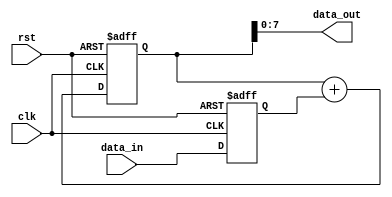
module ParallelAccumulator (
    input wire clk,
    input wire rst,
    input wire [7:0] data_in,
    output wire [7:0] data_out
);

// Define signal widths
parameter DATA_WIDTH = 8;
parameter ACCUM_WIDTH = 16;

// Internal signals
reg [ACCUM_WIDTH-1:0] accumulator;
reg [DATA_WIDTH-1:0] data_temp;

always @(posedge clk or posedge rst) begin
    if (rst) begin
        accumulator <= 0;
        data_temp <= 0;
    end else begin
        accumulator <= accumulator + data_temp;
        data_temp <= data_in;
    end
end

assign data_out = accumulator[DATA_WIDTH-1:0];

endmodule